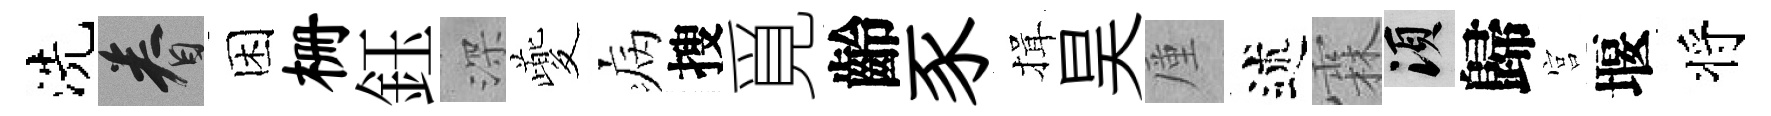
洗眷困栅鈺深夔病搜覓齡豕揖昊厪述霖須歸宫堰将